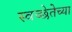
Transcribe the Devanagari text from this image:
स्वच्छेतेच्या